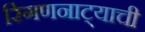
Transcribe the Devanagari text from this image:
रिंगणनाट्याची